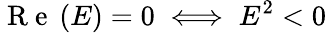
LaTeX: \mathrm{~R~e~}\left(E\right)=0\iff E^{2}<0